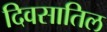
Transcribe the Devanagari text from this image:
दिवसातिल